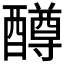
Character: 𫑼